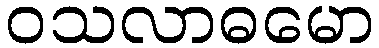
ဝသလာဓမော